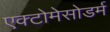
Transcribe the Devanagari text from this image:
एक्टोमेसोडर्म